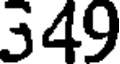
349